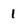
Character: 1